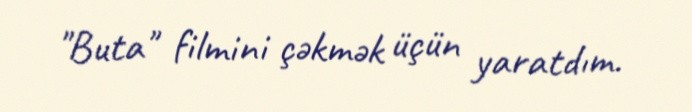
"Buta" filmini çəkmək üçün yaratdım.